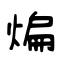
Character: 煸